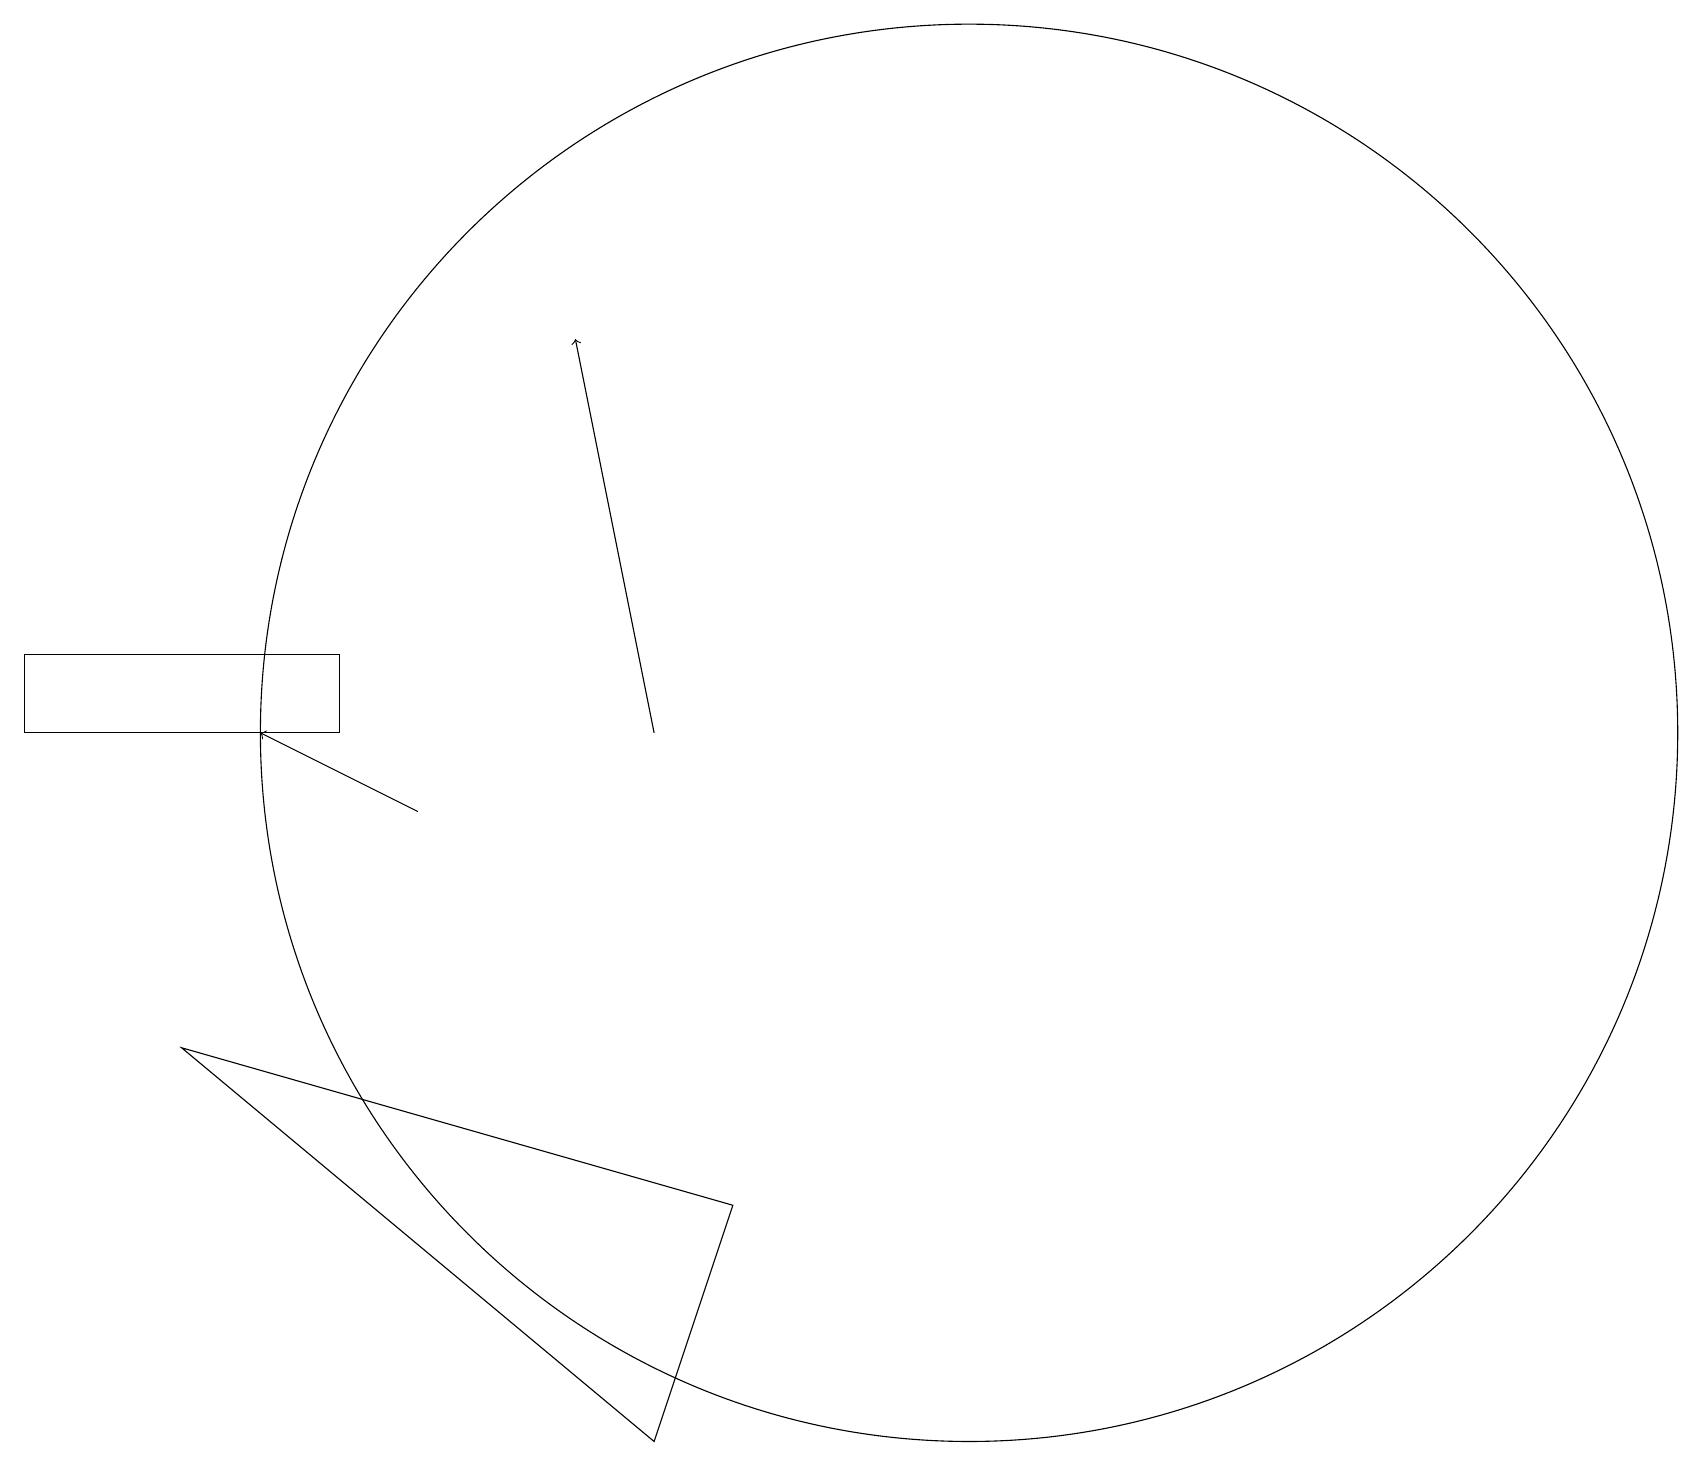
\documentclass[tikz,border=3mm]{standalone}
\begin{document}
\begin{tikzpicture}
\draw (0,12) rectangle (4,13);
\draw (12,12) circle (9);
\draw[->] (5,11) -- (3,12);
\draw[->] (8,12) -- (7,17);
\draw (8,3) -- (2,8) -- (9,6) -- cycle;
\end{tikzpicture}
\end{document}